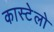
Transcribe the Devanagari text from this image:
कास्टेलो